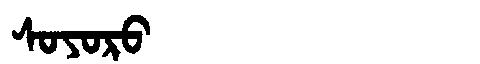
Manchu: ᠰᠣᠶᠣᡵᠣ
Romanization: SOYORO